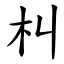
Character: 朻